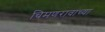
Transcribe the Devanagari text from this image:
चिमणरावांच्या